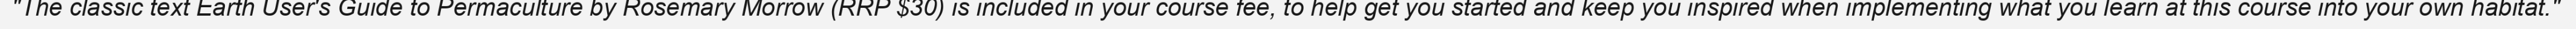
"The classic text Earth User's Guide to Permaculture by Rosemary Morrow (RRP $30) is included in your course fee, to help get you started and keep you inspired when implementing what you learn at this course into your own habitat."